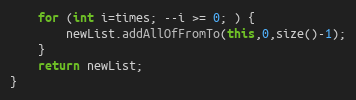
Language: Java
	for (int i=times; --i >= 0; ) {
		newList.addAllOfFromTo(this,0,size()-1);
	}
	return newList;
}